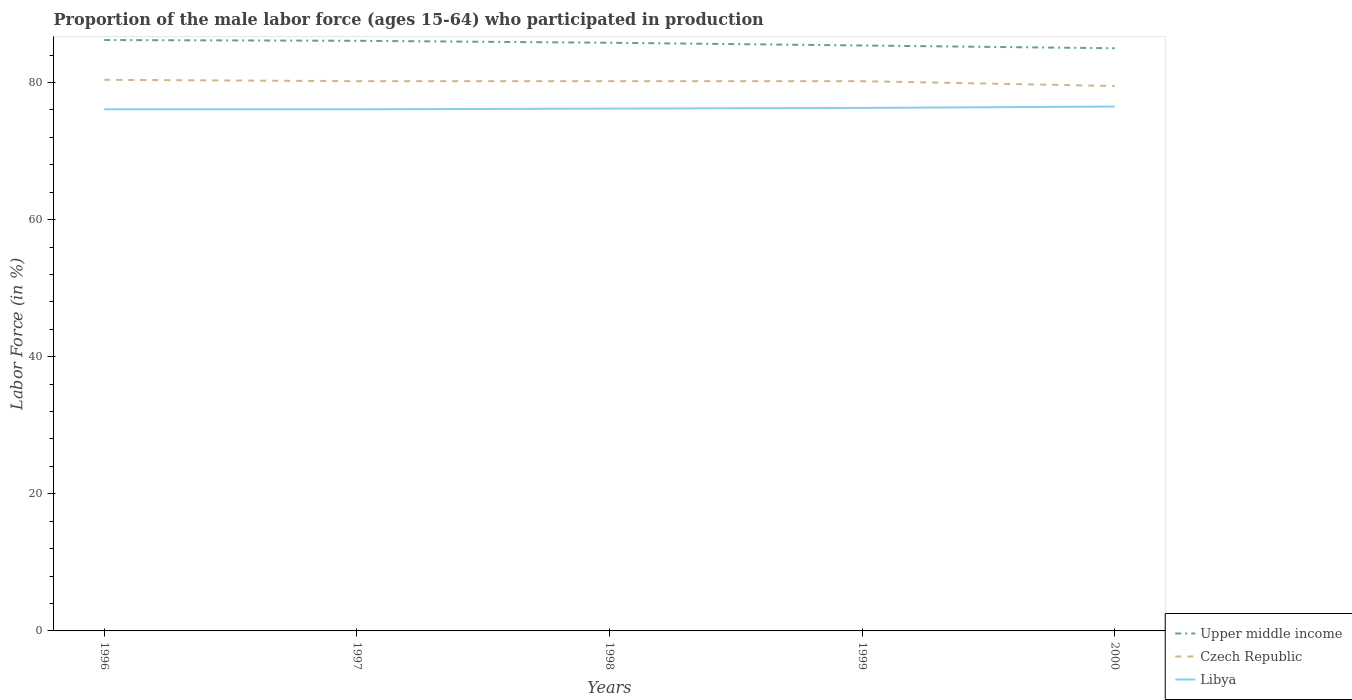
| Years | Upper middle income | Czech Republic | Libya |
 | --- | --- | --- | --- |
 | 1996 | 86.2 | 80.4 | 76.1 |
 | 1997 | 86.1 | 80.2 | 76.1 |
 | 1998 | 85.8 | 80.2 | 76.2 |
 | 1999 | 85.4 | 80.2 | 76.3 |
 | 2000 | 85 | 79.5 | 76.5 |